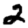
Digit: 2